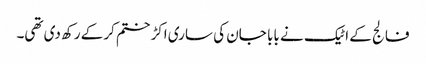
فالج کے اٹیک نے بابا جان کی ساری اکڑ ختم کرکے رکھ دی تھی۔